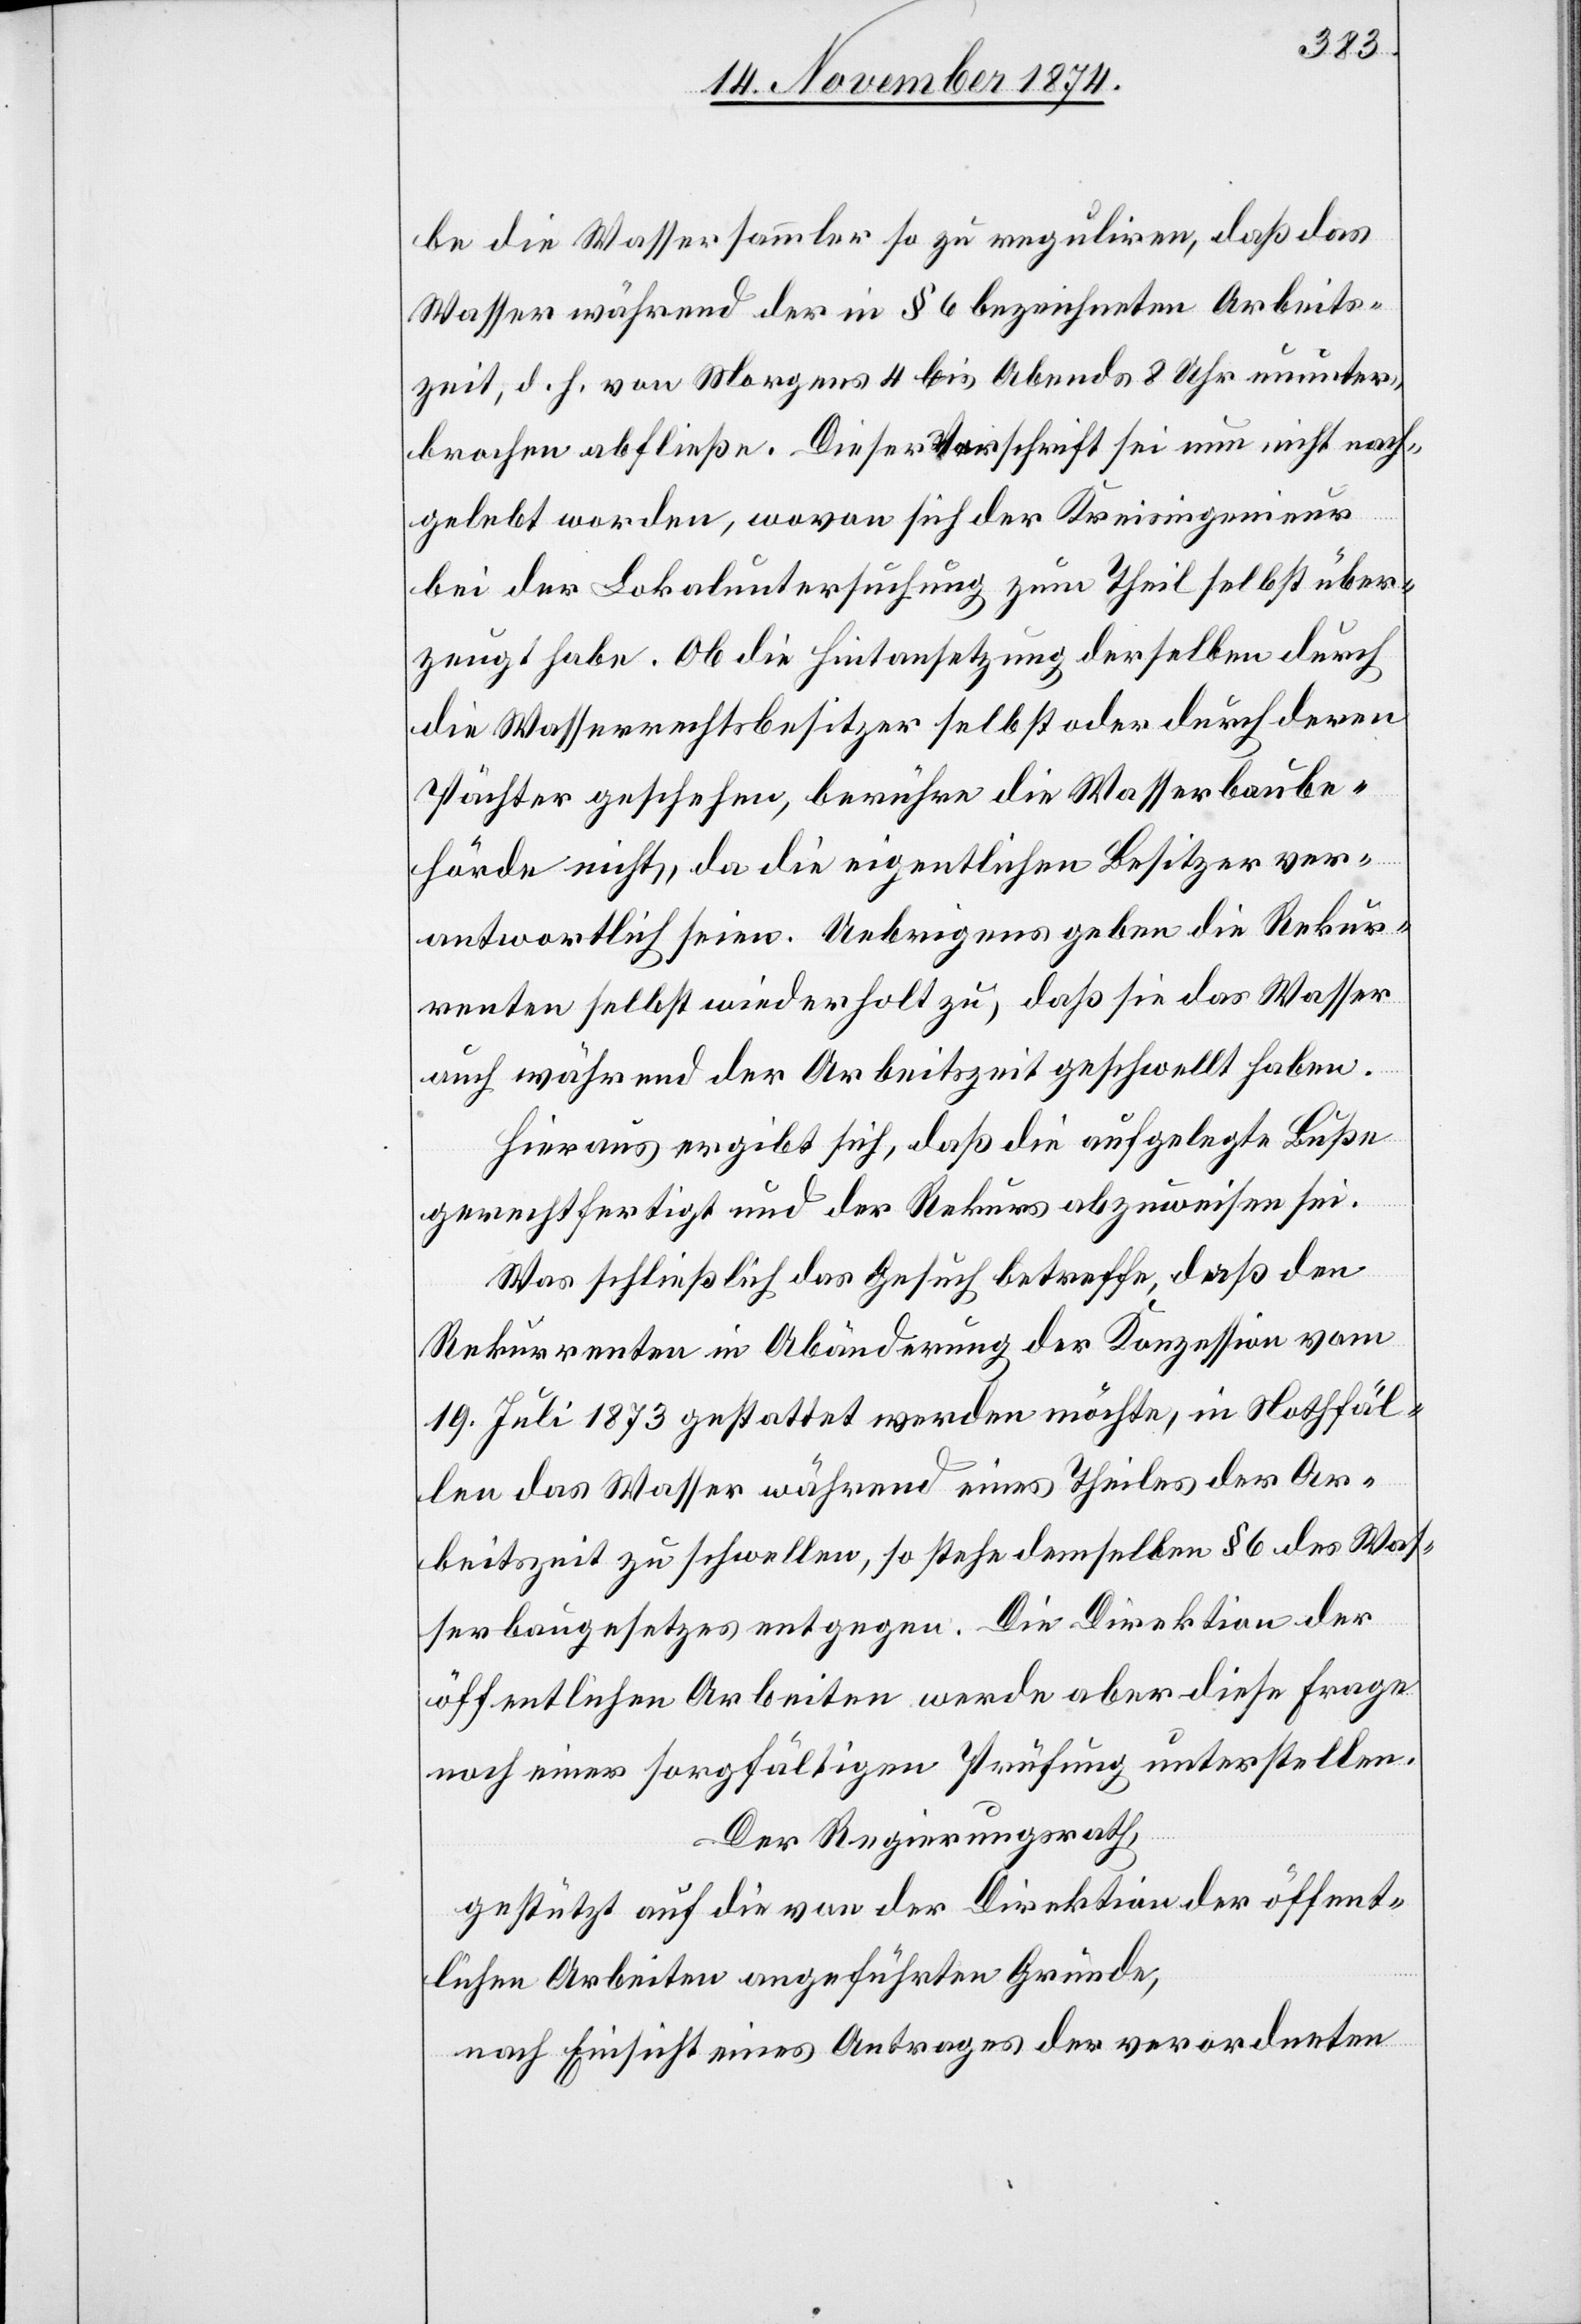
be die Wassersammler so zu reduziren, daß das
Wasser während der in § 6 bezeichneten Arbeits¬
zeit, d. h. von Morgens 4 bis Abends 8 Uhr ununter¬
brochen abfließe. Dieser Vorschrift sei nun nicht nach¬
gelebt worden, wovon sich der Kreisingenieur
bei der Lokaluntersuchung zum Theil selbst über¬
zeugt habe. Ob die Hintansetzung derselben durch
die Wasserrechtsbesitzer selbst oder durch deren
Pächter geschehen [sic!], berühre die Wasserbaube¬
hörde nicht, da die eigentlichen Besitzer ver¬
antwortlich seien. Uebrigens geben die Rekur¬
renten selbst wiederholt zu, daß sie das Wasser
auch während der Arbeitszeit geschwellt haben.
Hieraus ergibt sich, daß die aufgelegte Buße
gerechtfertigt und der Rekurs abzuweisen sei.
Was schließlich das Gesuch betreffe, daß den
Rekurrenten in Abänderung der Konzession vom
19. Juli 1873 gestattet werden möchte, in Nothfäl¬
len das Wasser während eines Theiles der Ar¬
beitszeit zu schwellen, so stehe demselben § 6 des Was¬
serbaugesetzes entgegen. Die Direktion der
öffentlichen Arbeiten werde aber diese Frage
noch einer sorgfältigen Prüfung unterstellen.
Der Regierungsrath,
gestützt auf die von der Direktion der öffent¬
lichen Arbeiten angeführten Gründe,
nach Einsicht eines Antrages der verordneten